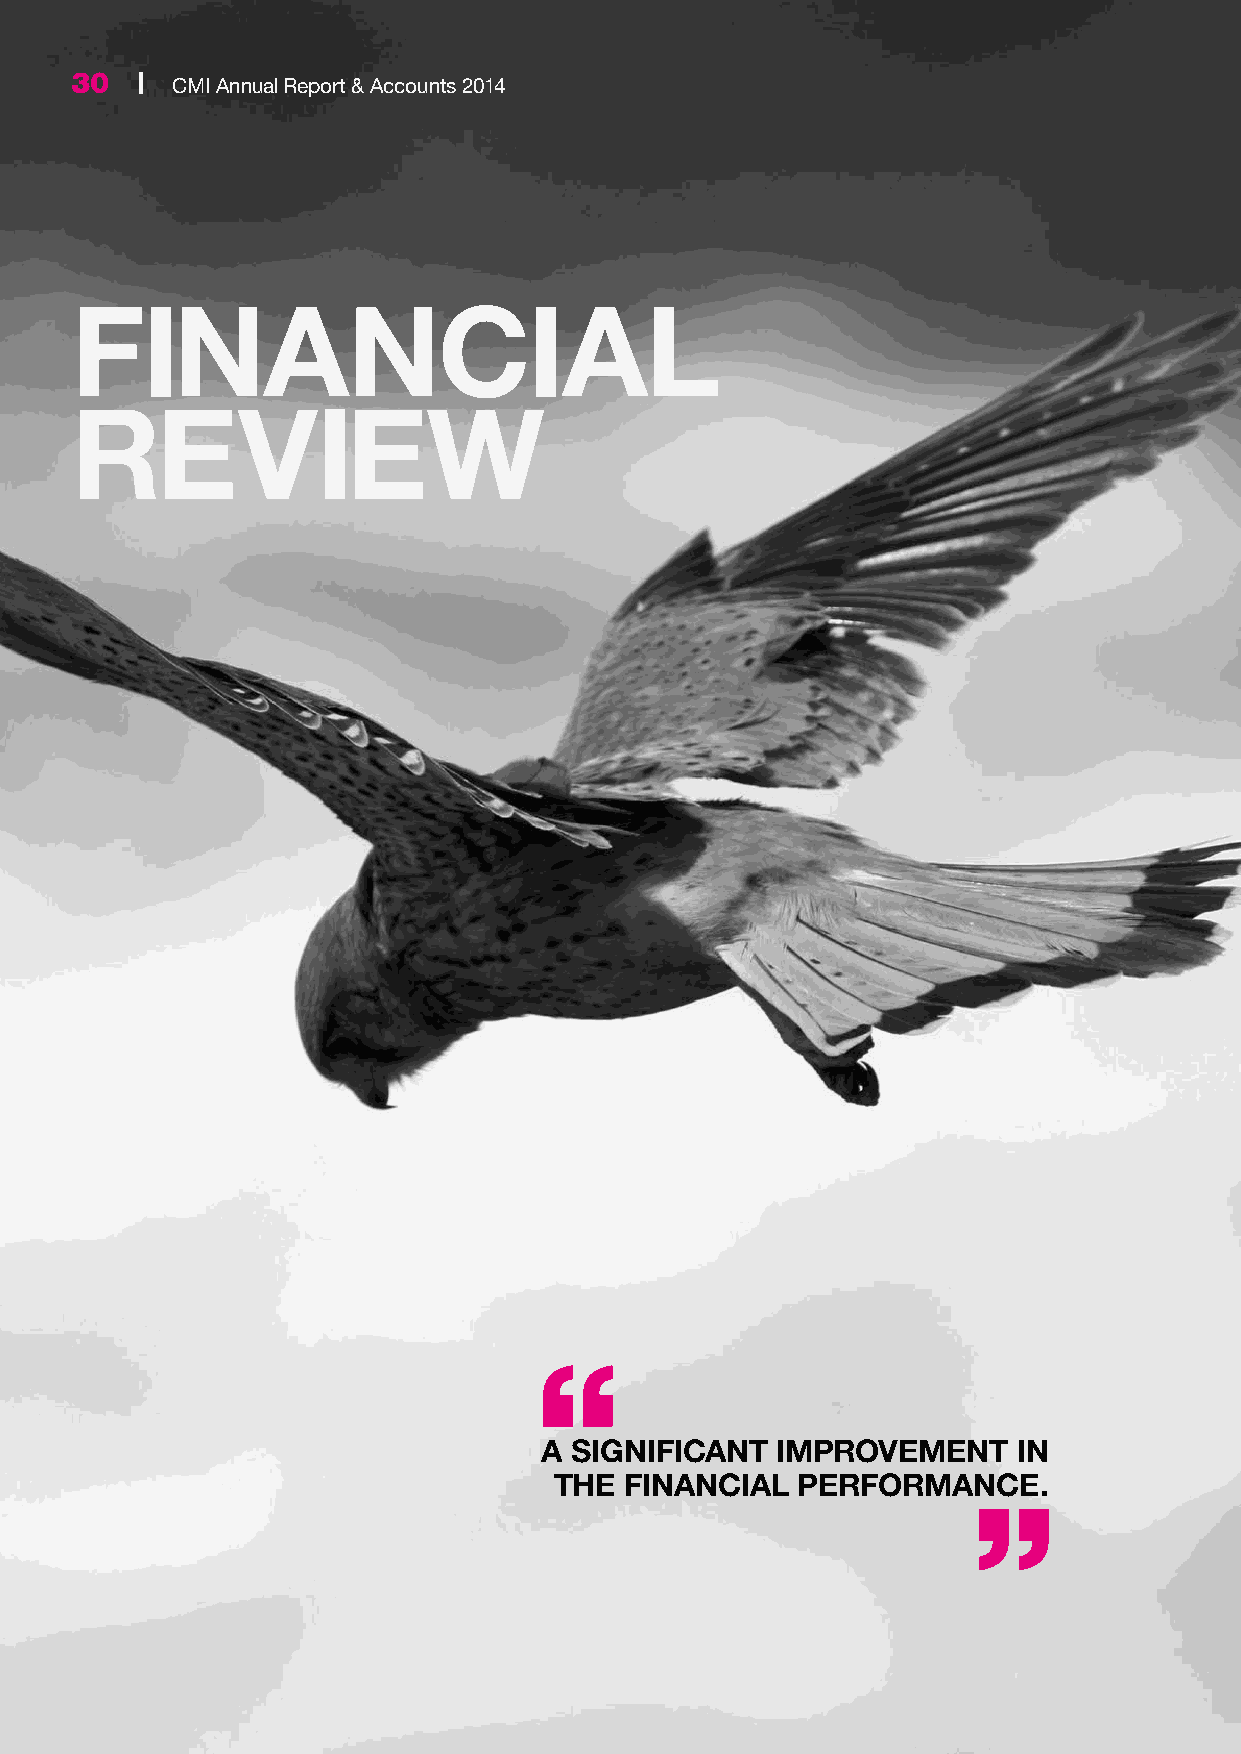
30  | CMI Annual Report & Accounts 2014
 FINANCIAL
 REVIEW
 A SIGNIFICANT  IMPROVEMENT     IN
 THE FINANCIAL   PERFORMANCE.